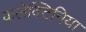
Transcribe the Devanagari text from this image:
कलेक्टिनिया